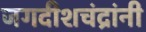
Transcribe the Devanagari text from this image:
जगदीशचंद्रांनी